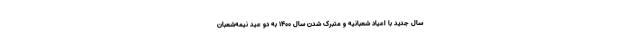
سال جدید با اعیاد شعبانیه و متبرک شدن سال ۱۴۰۰ به دو عید نیمه‌شعبان